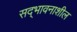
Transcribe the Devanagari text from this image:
सद्‌भावनाशील